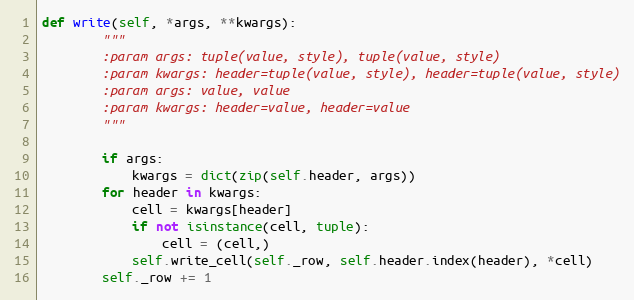
Language: Python
def write(self, *args, **kwargs):
        """
        :param args: tuple(value, style), tuple(value, style)
        :param kwargs: header=tuple(value, style), header=tuple(value, style)
        :param args: value, value
        :param kwargs: header=value, header=value
        """

        if args:
            kwargs = dict(zip(self.header, args))
        for header in kwargs:
            cell = kwargs[header]
            if not isinstance(cell, tuple):
                cell = (cell,)
            self.write_cell(self._row, self.header.index(header), *cell)
        self._row += 1